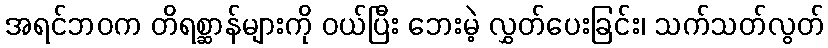
အရင်ဘဝက တိရစ္ဆာန်များကို ဝယ်ပြီး ဘေးမဲ့ လွှတ်ပေးခြင်း၊ သက်သတ်လွတ်